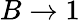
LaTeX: B\rightarrow 1